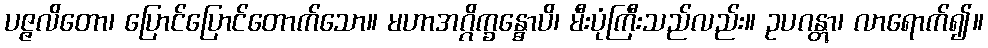
ပဇ္ဇလိတော၊ ပြောင်ပြောင်တောက်သော။ မဟာအဂ္ဂိက္ခန္ဓောပိ၊ မီးပုံကြီးသည်လည်း။ ဥပဂန္တွာ၊ လာရောက်၍။